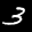
Digit: 3